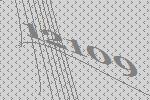
12109